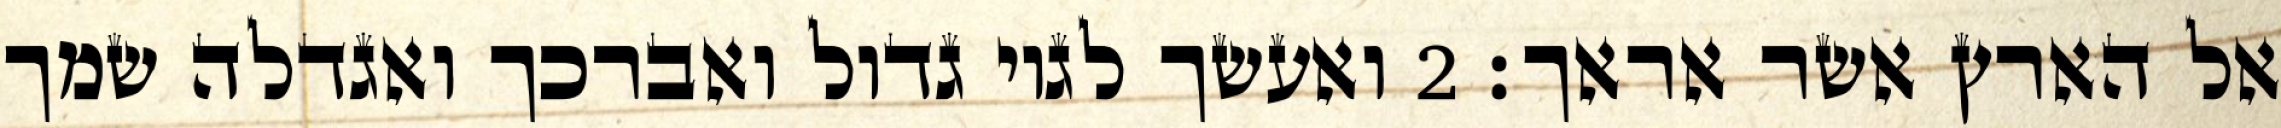
אל הארץ אשר אראך׃ ‎2‏ ואעשך לגוי גדול ואברכך ואגדלה שמך